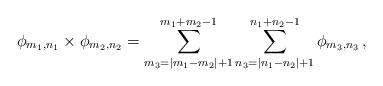
LaTeX: \begin{align*} \phi_{m_1,n_1} \times \phi_{m_2,n_2} = \sum_{m_3=|m_1-m_2|+1}^{m_1+m_2-1} \sum_{n_3=|n_1-n_2|+1}^{n_1+n_2-1} \phi_{m_3,n_3}\,,\end{align*}